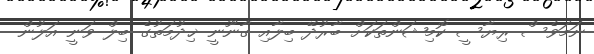
ނަމަވެސް ރިޔާސީ ކޮމިޝަންތަކަށް ބާރުދޭ ބިލާއި ގާނޫނީ ޚިދުމަތުގެ ބިލް ވަނީ އަލުން